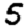
Digit: 5